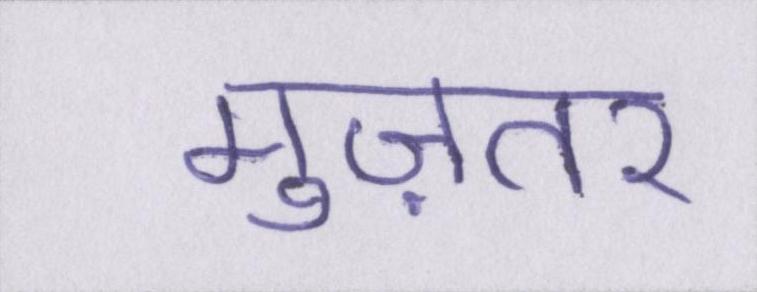
मुज़तर